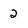
Character: 2